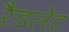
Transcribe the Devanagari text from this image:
रैडलेट